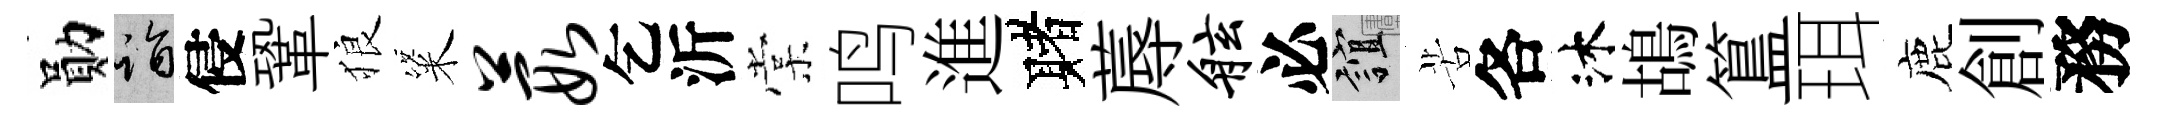
勛诣侵鞏狼粢葭乞沂棠鸣進赌蓐舷必誼苦各沐鴣簋珥鹿創務